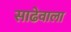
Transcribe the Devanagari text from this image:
साढेवाला